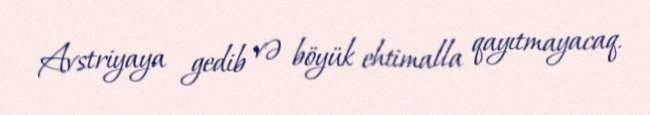
Avstriyaya gedib və böyük ehtimalla qayıtmayacaq.